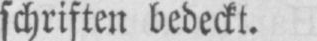
schriften bedeckt.